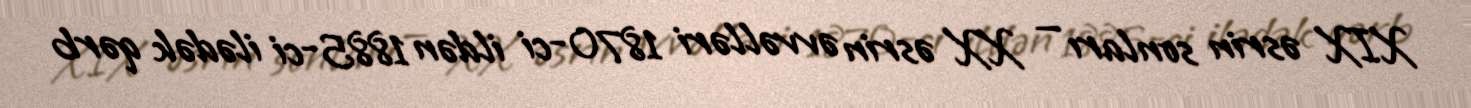
XIX əsrin sonları — XX əsrin əvvəlləri 1870-ci ildən 1885-ci ilədək qərb